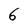
Character: 6